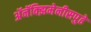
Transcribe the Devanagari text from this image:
अॅनॅक्झिमेनीसपुढे